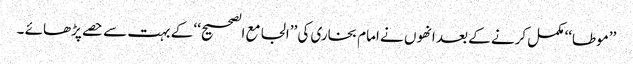
’’موطا‘‘ مکمل کرنے کے بعد انھوں نے امام بخاری کی ’’الجامع الصحیح‘‘ کے بہت سے حصے پڑھائے ۔